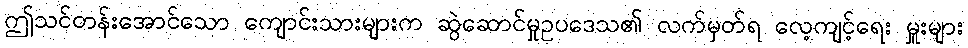
ဤသင်တန်းအောင်သော ကျောင်းသားများက ဆွဲဆောင်မှုဥပဒေသ၏ လက်မှတ်ရ လေ့ကျင့်ရေး မှူးများ